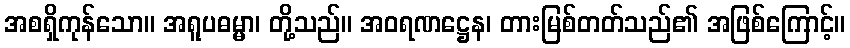
အစရှိကုန်သော။ အရူပဓမ္မာ၊ တို့သည်။ အဝရဏဋ္ဌေန၊ တားမြစ်တတ်သည်၏ အဖြစ်ကြောင့်။